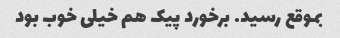
بموقع رسید. برخورد پیک هم خیلی خوب بود